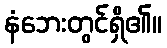
နံဘေးတွင်ရှိ၏။